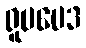
ရူပဗေဒ